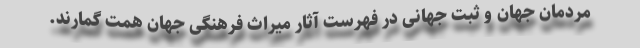
مردمان جهان و ثبت جهانی در فهرست آثار میراث فرهنگی جهان همت گمارند.